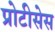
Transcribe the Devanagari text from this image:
प्रोटीसेस